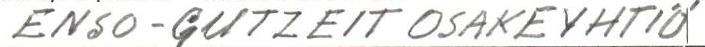
ENSO-GUTZEIT OSAKEYHTIÖ